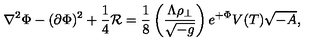
\nabla ^ { 2 } \Phi - ( \partial \Phi ) ^ { 2 } + { \frac { 1 } { 4 } } { \cal R } = { \frac { 1 } { 8 } } \left( { \frac { \Lambda \rho _ { \perp } } { \sqrt { - g } } } \right) e ^ { + \Phi } V ( T ) \sqrt { - A } ,